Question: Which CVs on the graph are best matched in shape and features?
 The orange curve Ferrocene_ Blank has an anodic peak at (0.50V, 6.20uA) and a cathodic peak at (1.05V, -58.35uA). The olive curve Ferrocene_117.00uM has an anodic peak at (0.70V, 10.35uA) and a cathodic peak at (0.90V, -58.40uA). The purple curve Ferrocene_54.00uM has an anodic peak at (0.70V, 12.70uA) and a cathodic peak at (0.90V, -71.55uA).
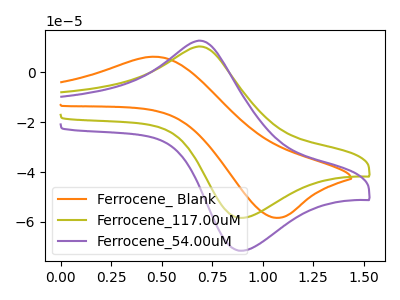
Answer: <think>"Ferrocene_ Blank" and "Ferrocene_117.00uM" have at least one peak that do not match. "Ferrocene_ Blank" and "Ferrocene_54.00uM" have at least one peak that do not match. All the peaks in "Ferrocene_117.00uM" have a peak in "Ferrocene_54.00uM" at the same potential. Every peak in "Ferrocene_117.00uM" is lower than every peak in "Ferrocene_54.00uM".
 </think>
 <answer>"Ferrocene_117.00uM" and "Ferrocene_54.00uM" have the same shape and are likely CV's of the same chemical.</answer>
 <eval>"Ferrocene_117.00uM" "Ferrocene_54.00uM"</eval>